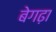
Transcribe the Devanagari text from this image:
बेगढ़ा